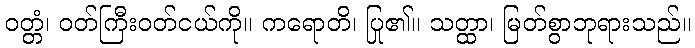
ဝတ္တံ၊ ဝတ်ကြီးဝတ်ငယ်ကို။ ကရောတိ၊ ပြု၏။ သတ္ထာ၊ မြတ်စွာဘုရားသည်။